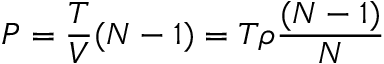
P = \frac { T } { V } ( N - 1 ) = T \rho \frac { ( N - 1 ) } { N }